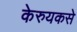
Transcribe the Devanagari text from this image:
केरुयकसे